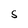
Character: S